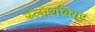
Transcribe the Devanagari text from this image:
स्लोथबियर